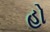
હો